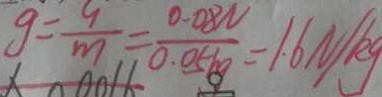
g = \frac { y } { m } = \frac { 0 . 0 8 N } { 0 . 0 5 k g } = 1 . 6 N / k g